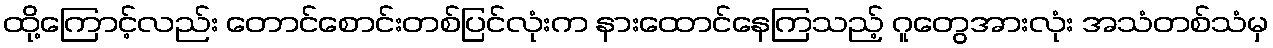
ထို့ကြောင့်လည်း တောင်စောင်းတစ်ပြင်လုံးက နားထောင်နေကြသည့် ဂူတွေအားလုံး အသံတစ်သံမှ